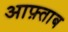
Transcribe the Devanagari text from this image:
आफ़्ताब